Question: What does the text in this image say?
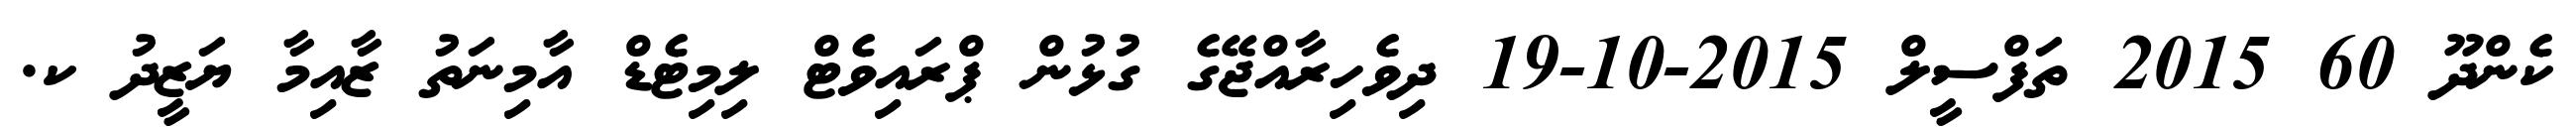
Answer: ކެންދޫ 60 2015 ތަފްސީލް 2015-10-19 ދިވެހިރާއްޖޭގެ ގުޅުން ޕްރައިވެޓް ލިމިޓެޑް އާމިނަތު ޒާއިމާ ޔަޒީދު ކ.